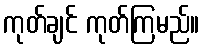
ကုတ်ချင် ကုတ်ကြမည်။